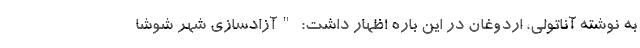
به نوشته آناتولی، اردوغان در این باره اظهار داشت: "آزادسازی شهر شوشا‌